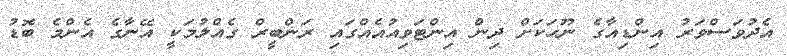
އެދުވަސްވަރު އިންޑިއާގެ ނޫހަަކަށް ދިން އިންޓަވިއުއެއްގައި ރަންބީރް ގެއްލުމަކީ އޭނާގެ އެންމެ ބޮޑު